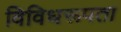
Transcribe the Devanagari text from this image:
विविधरूपता